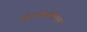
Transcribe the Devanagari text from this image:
औतोअन्तिबोदिएस